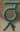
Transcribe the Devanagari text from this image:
ठ्र्